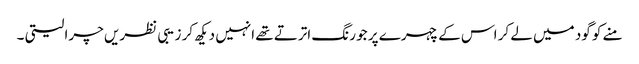
منے کو گود میں لے کر اس کے چہرے پر جو رنگ اترتے تھے انہیں دیکھ کر زیبی نظریں چرا لیتی ۔